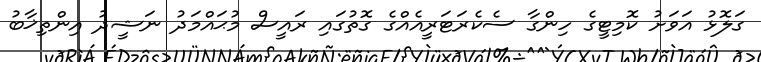
ގަލޮޅު އަވަށު ކޮމިޓީގެ ހިންގާ ސެކެރަޓަރީއެއްގެ ގޮތުގައި ރައީސް މުޙައްމަދު ނަޝީދު އިންތިޚާބު